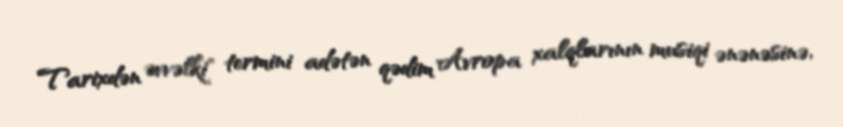
Tarixdən əvvəlki" termini adətən qədim Avropa xalqlarının musiqi ənənəsinə,